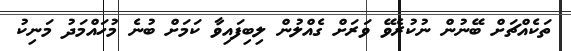
ތަކެއްޗަށް ބޭނުން ނުކުރެވޭ ވަރަށް ގެއްލުން ލިބިފައިވާ ކަމަށް ބުނެ މުހައްމަދު މަނިކު